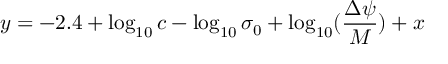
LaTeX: y = - 2 . 4 + \log _ { 1 0 } { c } - \log _ { 1 0 } { \sigma _ { 0 } } + \log _ { 1 0 } ( \frac { \Delta \psi } { M } ) + x